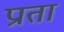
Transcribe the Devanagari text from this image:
प्राता